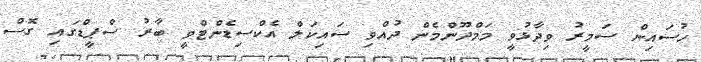
ހުސައިން ސަމީރު ވިދާޅުވީ މަމްދޫންމެން ދުއްވި ސައިކަލް އެކްސިޑެންޓްވީ ބާރު ސްޕީޑްގައި ގޮސް